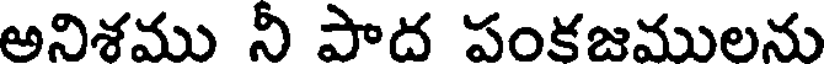
అనిశము నీ పాద పంకజములను